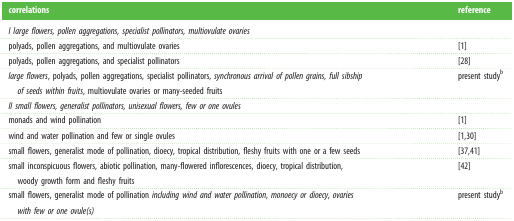
<table><thead><tr><td><b>correlations</b></td><td><b>reference</b></td></tr></thead><tbody><tr><td colspan="2"><i>I large flowers, pollen aggregations, specialist pollinators, multiovulate ovaries</i></td></tr><tr><td>polyads, pollen aggregations, and multiovulate ovaries</td><td>[1]</td></tr><tr><td>polyads, pollen aggregations, and specialist pollinators</td><td>[28]</td></tr><tr><td><i>large flowers</i>, polyads, pollen aggregations, specialist pollinators, <i>synchronous arrival of pollen grains, full sibship of seeds within fruits</i>, multiovulate ovaries or many-seeded fruits</td><td>present study<sup>b</sup></td></tr><tr><td colspan="2"><i>II small flowers, generalist pollinators, unisexual flowers, few or one ovules</i></td></tr><tr><td>monads and wind pollination</td><td>[1]</td></tr><tr><td>wind and water pollination and few or single ovules</td><td>[1,30]</td></tr><tr><td>small flowers, generalist mode of pollination, dioecy, tropical distribution, fleshy fruits with one or a few seeds</td><td>[37,41]</td></tr><tr><td>small inconspicuous flowers, abiotic pollination, many-flowered inflorescences, dioecy, tropical distribution, woody growth form and fleshy fruits</td><td>[42]</td></tr><tr><td>small flowers, generalist mode of pollination <i>including wind and water pollination</i>, <i>monoecy or dioecy</i>, <i>ovaries with few or one ovule(s)</i></td><td>present study<sup>b</sup></td></tr></tbody></table>